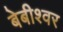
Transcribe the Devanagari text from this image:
बेबीश्वर